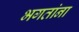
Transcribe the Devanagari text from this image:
भगतांना